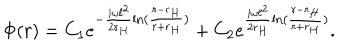
LaTeX: \Phi ( r ) = C _ { 1 } e ^ { - \frac { i \omega \ell ^ { 2 } } { 2 r _ { H } } \ln ( \frac { r - r _ { H } } { r + r _ { H } } ) } + C _ { 2 } e ^ { \frac { i \omega \ell ^ { 2 } } { 2 r _ { H } } \ln ( \frac { r - r _ { H } } { r + r _ { H } } ) } .